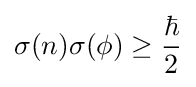
\sigma (n)\sigma (\phi )\geq {\frac {\hbar }{2}}\,\!